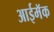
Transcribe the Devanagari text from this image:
आईमॅक